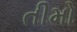
તીમો